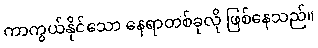
ကာကွယ်နိုင်သော နေရာတစ်ခုလို ဖြစ်နေသည်။